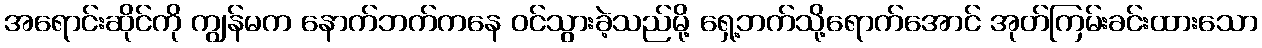
အရောင်းဆိုင်ကို ကျွန်မက နောက်ဘက်ကနေ ဝင်သွားခဲ့သည်မို့ ရှေ့ဘက်သို့ရောက်အောင် အုတ်ကြမ်းခင်းထားသော